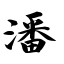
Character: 潘